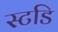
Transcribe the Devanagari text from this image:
स्टडि